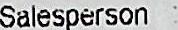
SALESPERSON: